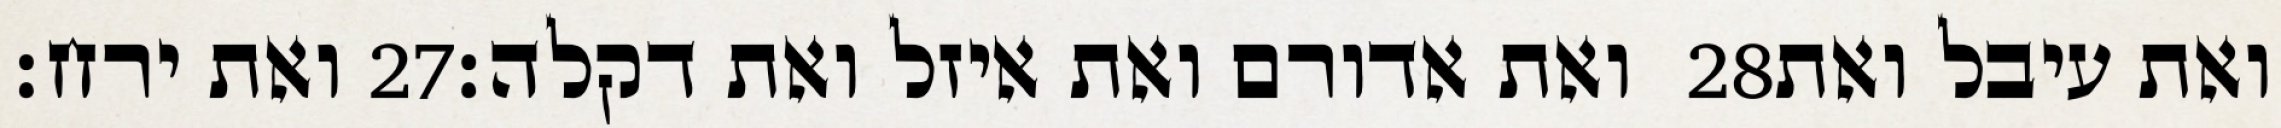
ואת ירח׃ ‎27‏ ואת אדורם ואת איזל ואת דקלה׃ ‎28‏ ואת עיבל ואת